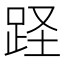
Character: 𨀃